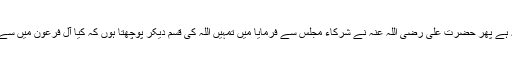
ہلاک ہو جاؤ کیا تم انہیں اس لیے مارتے کہ یہ کہتے ہیں میرا رب اللہ ہے پھر حضرت علی رضی اللہ عنہ نے شرکاء مجلس سے فرمایا میں تمہیں اللہ کی قسم دیکر پوچھتا ہوں کہ کیا آل فرعون میں سے [ خفیہ ] ایمان لانے والا افضل ہے یا حضرت ابوبکر رضی اللہ عنہ ؟